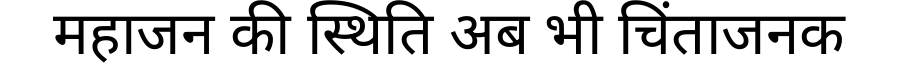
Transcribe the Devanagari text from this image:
महाजन की स्थिति अब भी चिंताजनक